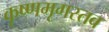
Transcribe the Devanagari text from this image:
कृष्णमृगस्तव